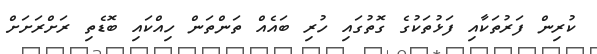
ކުރިން ފަރުތަކާއި ފަޅުތަކުގެ ގޮތުގައި ހުރި ބައެއް ތަންތަން ހިއްކައި ބޮޑެތި ރަށްރަށަށް